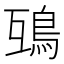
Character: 𩿍